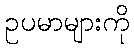
ဥပမာများကို